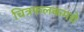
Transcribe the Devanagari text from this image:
चित्रफलकमद्ये